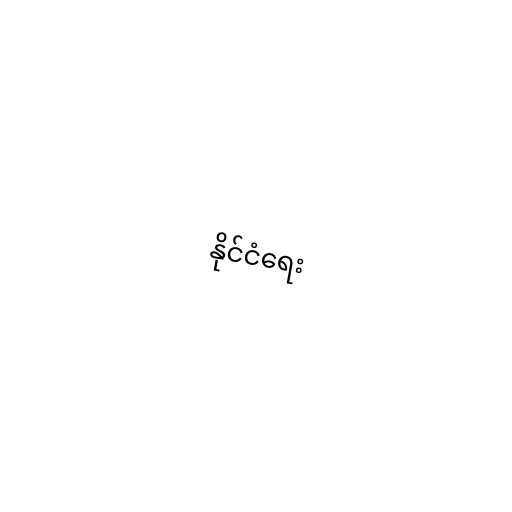
နိုင်ငံရေး